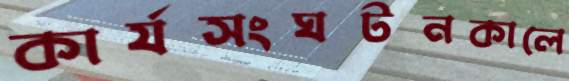
কার্যসংঘটনকালে